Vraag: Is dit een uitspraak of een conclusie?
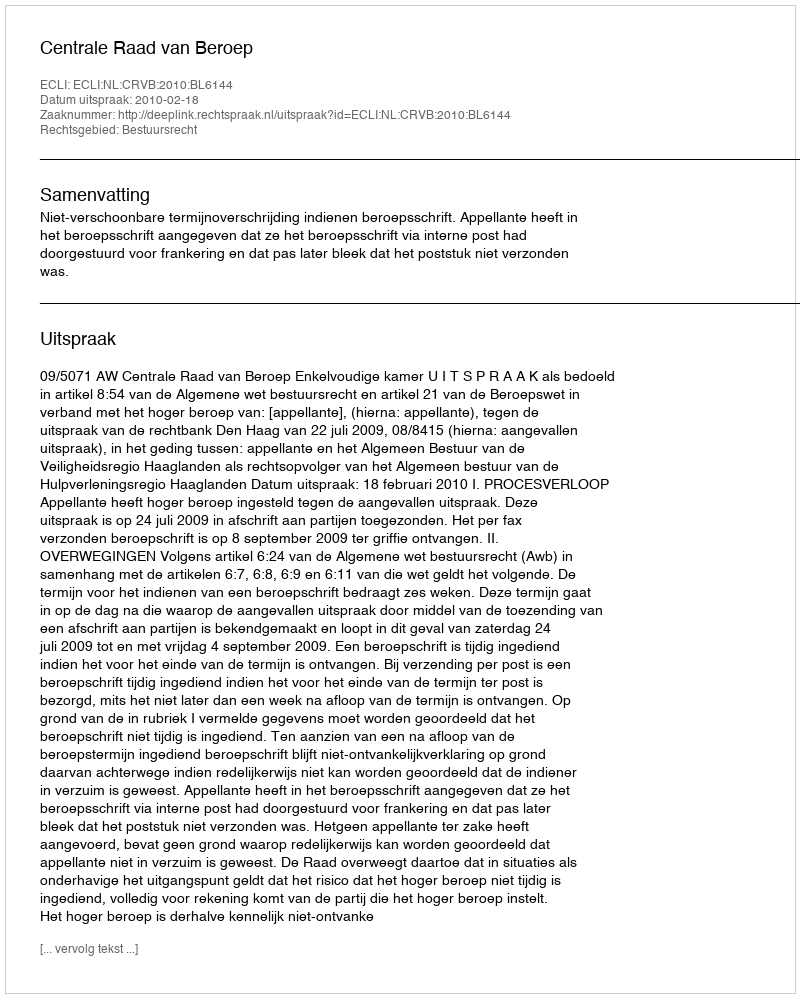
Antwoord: Uitspraak